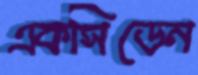
একসিডেন